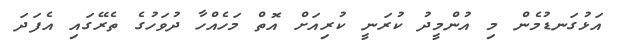
އަޅުގަނޑުމެން މި އުންމީދު ކުރަނީ ކުރިއަށް އޮތް މަހެއްހާ ދުވަހުގެ ތެރޭގައި އެފަދަ